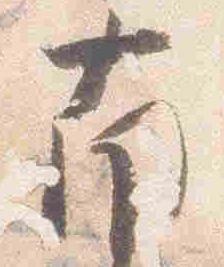
南